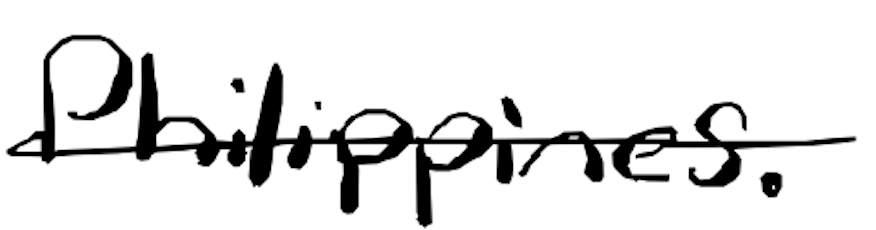
Text: Philippines.
Cross-out: single-line
Writing tool: digital_black